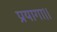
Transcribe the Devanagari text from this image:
प्रयागा।।